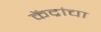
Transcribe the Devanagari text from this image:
केंद्रांचा